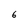
Character: 6